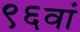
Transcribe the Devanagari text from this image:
९६वां